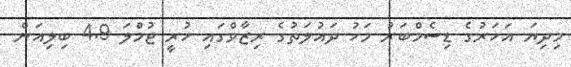
މިދިޔަ އަހަރުގެ ޑިސެމްބަރު މަހު ދައުލަތުގެ ރިޒާވްގައި ހުރީ ޖުމްލަ 4.9 ބިލިއަން